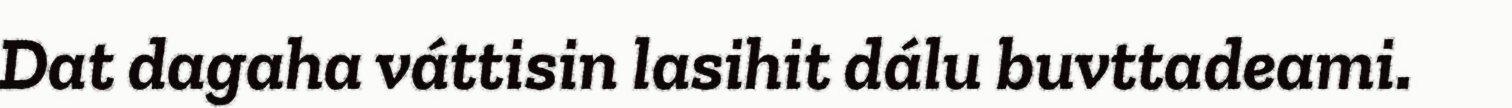
Dat dagaha váttisin lasihit dálu buvttadeami.